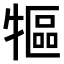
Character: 𤛐